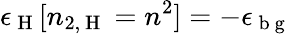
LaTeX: \epsilon_{\mathrm{~H~}}[n_{2,\mathrm{~H~}}=n^{2}]=-\epsilon_{{\mathrm{~b~g~}}}